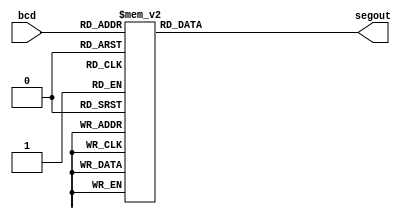
`timescale 1ns / 1ps
module HextoBCD(
    input [3:0] bcd,
    output [6:0] segout
    );
	 reg [6:0] seg;
	 assign segout = seg;
	 
	 always @(bcd) begin
		case(bcd)
			4'b0000: seg = 7'b0111111;
			4'b0001: seg = 7'b0000110;
			4'b0010: seg = 7'b1011011;
			4'b0011: seg = 7'b1001111;
			4'b0100: seg = 7'b1100110;
			4'b0101: seg = 7'b1101101;
			4'b0110: seg = 7'b1111101;
			4'b0111: seg = 7'b0000111;
			4'b1000: seg = 7'b1111111;
			4'b1001: seg = 7'b1101111;
  			4'b1010: seg = 7'b1110111;
			4'b1011: seg = 7'b1111100;
			4'b1100: seg = 7'b0111001;
			4'b1101: seg = 7'b1011110;
			4'b1110: seg = 7'b1111001;
			4'b1111: seg = 7'b1110001;
		endcase
	end	
endmodule